Code of medical and sanitary regulations for the guidance of medical officers serving in the Madras Presidency - Volume I
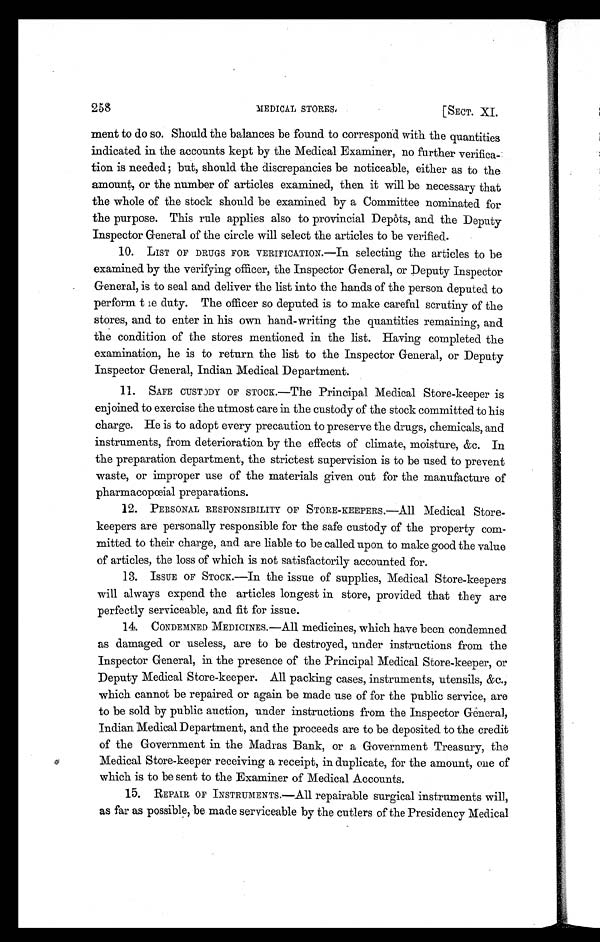
258 MEDICAL STORES. [SECT. XI.
ment to do so. Should the balances be found to correspond with the quantities
indicated in the accounts kept by the Medical Examiner, no further verifica-
tion is needed ; but, should the discrepancies be noticeable, either as to the
amount, or the number of articles examined, then it will be necessary that
the whole of the stock should be examined by a Committee nominated for
the purpose. This rule applies also to provincial Depôts, and the Deputy
Inspector General of the circle will select the articles to be verified.
10. LIST OF DRUGS FOR VERIFICATION.—In selecting the articles to be
examined by the verifying officer, the Inspector General, or Deputy Inspector
General, is to seal and deliver the list into the hands of the person deputed to
perform the duty. The officer so deputed is to make careful scrutiny of the
stores, and to enter in his own hand-writing the quantities remaining, and
the condition of the stores mentioned in the list. Having completed the
examination, he is to return the list to the Inspector General, or Deputy
Inspector General, Indian Medical Department.
11. S A F E C U S T O D Y O F S T O C K . — T h e P r i n c i p a l M e d i c a l S t o r e - k e e p e r i s
enjoined to exercise the utmost care in the custody of the stock committed to his
charge. He is to adopt every precaution to preserve the drugs, chemicals, and
instruments, from deterioration by the effects of climate, moisture, &c. In
the preparation department, the strictest supervision is to be used to prevent
waste, or improper use of the materials given out for the manufacture of
pharmacopœial preparations.
12. PERSONAL RESPONSIBILITY OF STORE-KEEPERS.—All Medical Store-
keepers are personally responsible for the safe custody of the property com-
mitted to their charge, and are liable to be called upon to make good the value
of articles, the loss of which is not satisfactorily accounted for.
13. ISSUE OF STOCK.—In the issue of supplies, Medical Store-keepers
will always expend the articles longest in store, provided that they are
perfectly serviceable, and fit for issue.
14. CONDEMNED MEDICINES.—All medicines, which have been condemned
as damaged or useless, are to be destroyed, under instructions from the
Inspector General, in the presence of the Principal Medical Store-keeper, or
Deputy Medical Store-keeper. All packing cases, instruments, utensils, &c.,
which cannot be repaired or again be made use of for the public service, are
to be sold by public auction, under instructions from the Inspector General,
Indian Medical Department, and the proceeds are to be deposited to the credit
of the Government in the Madras Bank, or a Government Treasury, the
Medical Store-keeper receiving a receipt, in duplicate, for the amount, one of
which is to be sent to the Examiner of Medical Accounts.
15. REPAIR OF INSTRUMENTS.—All repairable surgical instruments will,
as far as possible, be made serviceable by the cutlers of the Presidency Medical